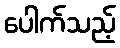
ပေါက်သည့်